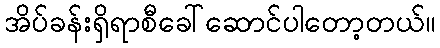
အိပ်ခန်းရှိရာစီခေါ်ဆောင်ပါတော့တယ်။